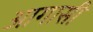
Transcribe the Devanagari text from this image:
आगासी